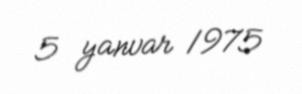
5 yanvar 1975